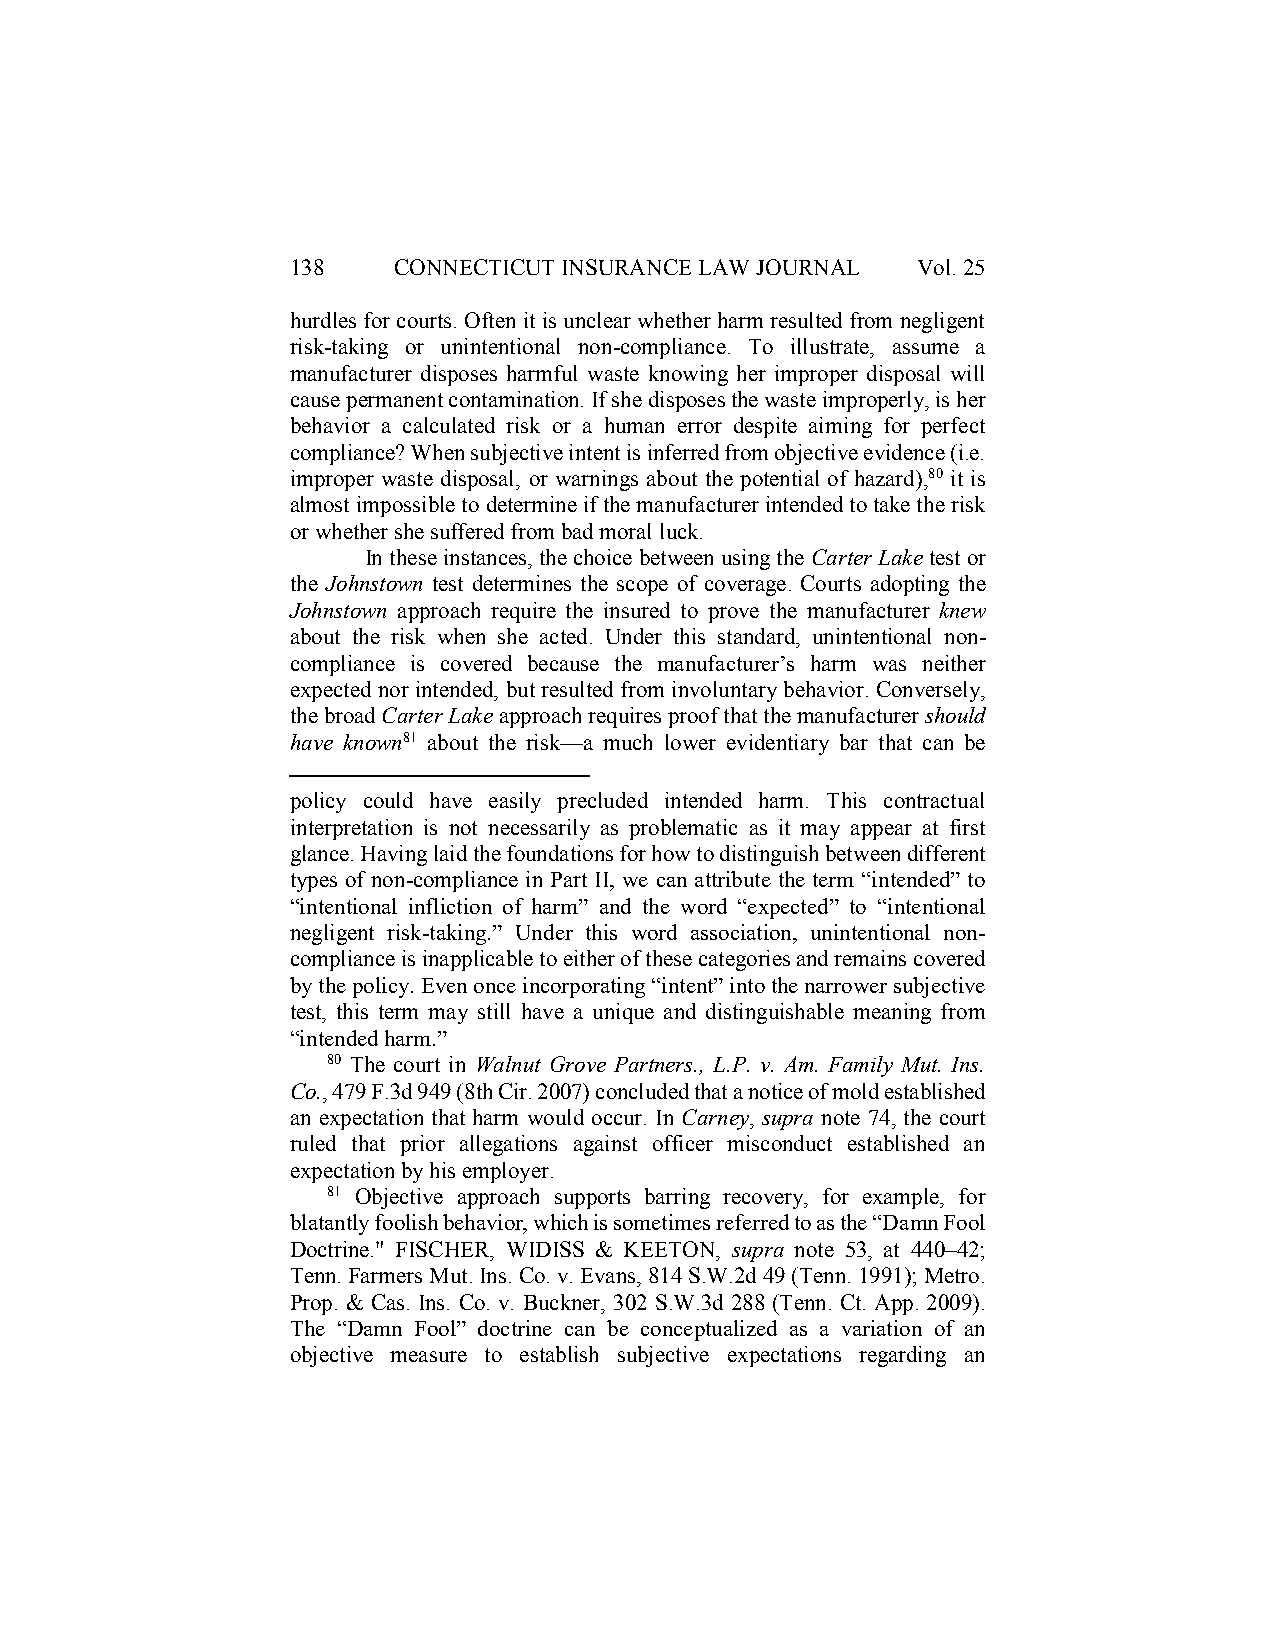
138    CONNECTICUT INSURANCE LAW JOURNAL  Vol. 25
 hurdles for courts. Often it is unclear whether harm resulted from negligent
 risk-taking or unintentional non-compliance. To illustrate, assume a
 manufacturer disposes harmful waste knowing her improper disposal will
 cause permanent contamination. If she disposes the waste improperly, is her
 behavior a calculated risk or a human error despite aiming for perfect
 compliance? When subjective intent is inferred from objective evidence (i.e.
 improper waste disposal, or warnings about the potential of hazard),80 it is
 almost impossible to determine if the manufacturer intended to take the risk
 or whether she suffered from bad moral luck.
 In these instances, the choice between using the Carter Lake test or
 the Johnstown test determines the scope of coverage. Courts adopting the
 Johnstown approach require the insured to prove the manufacturer knew
 about the risk when she acted. Under this standard, unintentional non-
 compliance is covered because the manufacturer’s harm was neither
 expected nor intended, but resulted from involuntary behavior. Conversely,
 the broad Carter Lake approach requires proof that the manufacturer should
 have known81 about the risk—a much lower evidentiary bar that can be
 policy could have easily precluded intended harm. This contractual
 interpretation is not necessarily as problematic as it may appear at first
 glance. Having laid the foundations for how to distinguish between different
 types of non-compliance in Part II, we can attribute the term “intended” to
 “intentional infliction of harm” and the word “expected” to “intentional
 negligent risk-taking.” Under this word association, unintentional non-
 compliance is inapplicable to either of these categories and remains covered
 by the policy. Even once incorporating “intent” into the narrower subjective
 test, this term may still have a unique and distinguishable meaning from
 “intended harm.”
 80 The court in Walnut Grove Partners., L.P. v. Am. Family Mut. Ins.
 Co., 479 F.3d 949 (8th Cir. 2007) concluded that a notice of mold established
 an expectation that harm would occur. In Carney, supra note 74, the court
 ruled that prior allegations against officer misconduct established an
 expectation by his employer.
 81 Objective approach supports barring recovery, for example, for
 blatantly foolish behavior, which is sometimes referred to as the “Damn Fool
 Doctrine." FISCHER, WIDISS & KEETON, supra note 53, at 440–42;
 Tenn. Farmers Mut. Ins. Co. v. Evans, 814 S.W.2d 49 (Tenn. 1991); Metro.
 Prop. & Cas. Ins. Co. v. Buckner, 302 S.W.3d 288 (Tenn. Ct. App. 2009).
 The “Damn Fool” doctrine can be conceptualized as a variation of an
 objective measure to establish subjective expectations regarding an